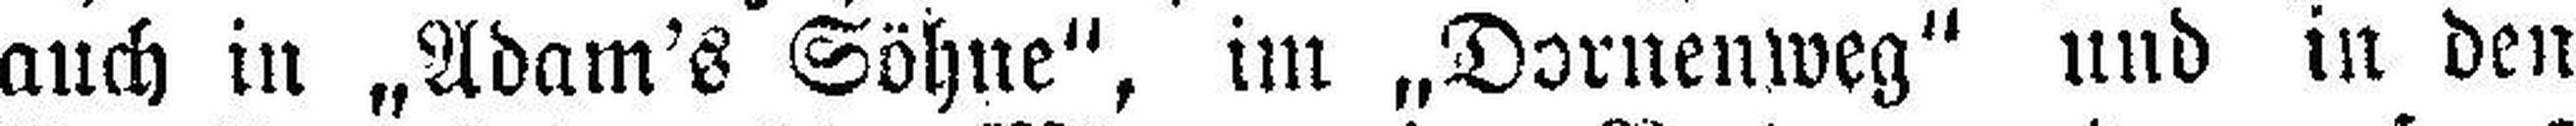
auch in „Adam's Söhne", im „Dornenweg" und in den